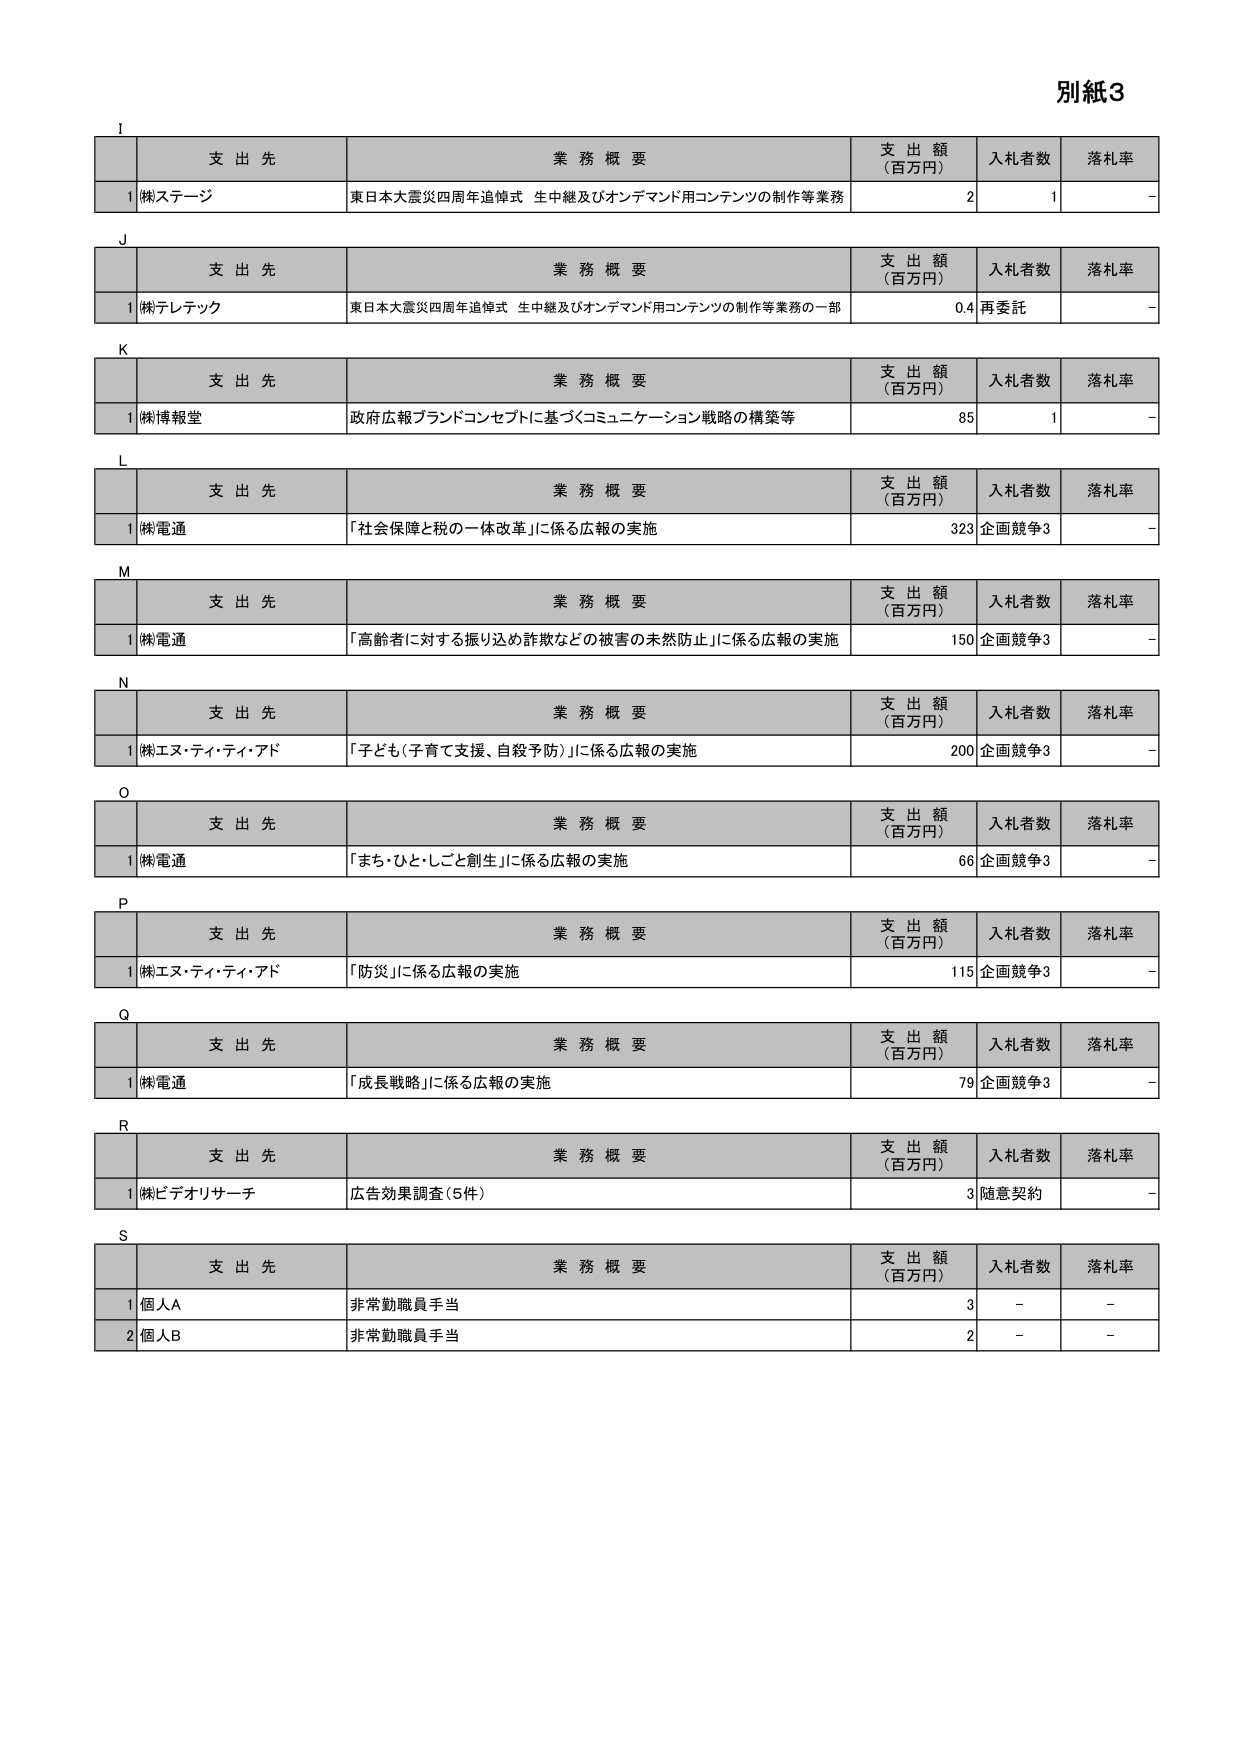
別紙3

I
支 出 先 業 務 概 要 支 出 額 （百万円） 入札者数 落札率
1 株ステージ 東日本大震災四周年追悼式 生中継及びオンデマンド用コンテンツの制作等業務 2 1 -

J
支 出 先 業 務 概 要 支 出 額 （百万円） 入札者数 落札率
1 株テレテック 東日本大震災四周年追悼式 生中継及びオンデマンド用コンテンツの制作等業務の一部 0.4 再委託 -

K
支 出 先 業 務 概 要 支 出 額 （百万円） 入札者数 落札率
1 株博報堂 政府広報ブランドコンセプトに基づくコミュニケーション戦略の構築等 85 1 -

L
支 出 先 業 務 概 要 支 出 額 （百万円） 入札者数 落札率
1 株電通 「社会保障と税の一体改革」に係る広報の実施 323 企画競争3 -

M
支 出 先 業 務 概 要 支 出 額 （百万円） 入札者数 落札率
1 株電通 「高齢者に対する振り込め詐欺などの被害の未然防止」に係る広報の実施 150 企画競争3 -

N
支 出 先 業 務 概 要 支 出 額 （百万円） 入札者数 落札率
1 株エヌ・ティ・ティ・アド 「子ども（子育て支援、自殺予防）」に係る広報の実施 200 企画競争3 -

O
支 出 先 業 務 概 要 支 出 額 （百万円） 入札者数 落札率
1 株電通 「まち・ひと・しごと創生」に係る広報の実施 66 企画競争3 -

P
支 出 先 業 務 概 要 支 出 額 （百万円） 入札者数 落札率
1 株エヌ・ティ・ティ・アド 「防災」に係る広報の実施 115 企画競争3 -

Q
支 出 先 業 務 概 要 支 出 額 （百万円） 入札者数 落札率
1 株電通 「成長戦略」に係る広報の実施 79 企画競争3 -

R
支 出 先 業 務 概 要 支 出 額 （百万円） 入札者数 落札率
1 株ビデオリサーチ 広告効果調査（5件） 3 随意契約 -

S
支 出 先 業 務 概 要 支 出 額 （百万円） 入札者数 落札率
1 個人A 非常勤職員手当 3 - -
2 個人B 非常勤職員手当 2 - -